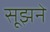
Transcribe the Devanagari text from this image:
सूझने